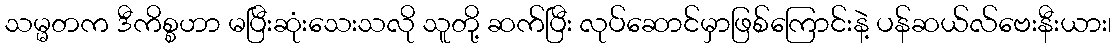
သမ္မတက ဒီကိစ္စဟာ မပြီးဆုံးသေးသလို သူတို့ ဆက်ပြီး လုပ်ဆောင်မှာဖြစ်ကြောင်းနဲ့ ပန်ဆယ်လ်ဗေးနီးယား၊